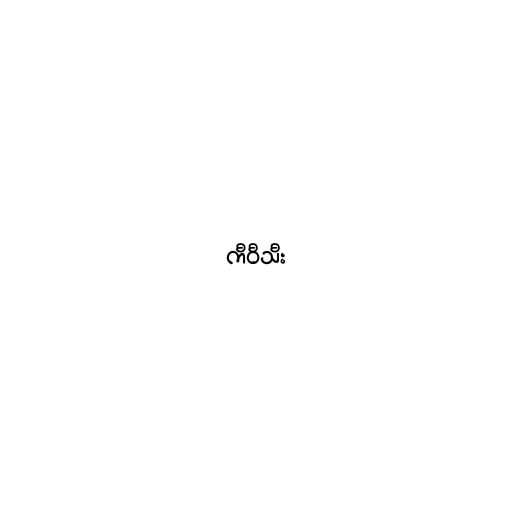
ကီဝီသီး